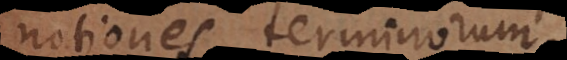
notiones terminorum